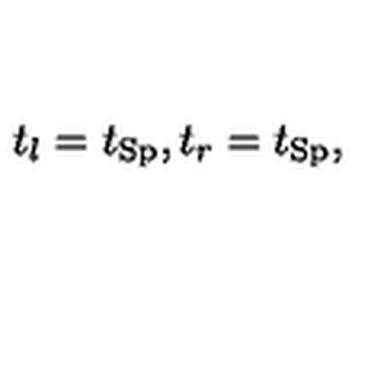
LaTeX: t _ { l } = t _ { \mathrm { S p } } , t _ { r } = t _ { \mathrm { S p } } ,